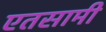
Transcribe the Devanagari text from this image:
एतसामी